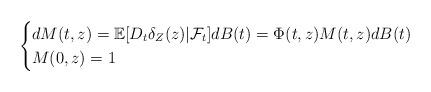
LaTeX: \begin{align*}\begin{cases}dM(t,z) = \mathbb{E}[D_t \delta_Z(z) | \mathcal{F}_t]dB(t)= \Phi(t,z)M(t,z) dB(t)\\M(0,z)=1\end{cases}\end{align*}